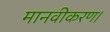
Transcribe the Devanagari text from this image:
मानवीकरण।